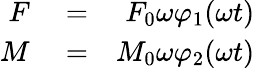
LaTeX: \begin{array}{rlr}{F}&{{}=}&{F_{0}\omega\varphi_{1}(\omega t)}\\ {M}&{{}=}&{M_{0}\omega\varphi_{2}(\omega t)}\end{array}